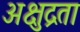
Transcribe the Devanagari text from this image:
अक्षुद्रता